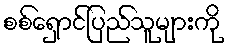
စစ်ရှောင်ပြည်သူများကို